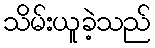
သိမ်းယူခဲ့သည်